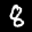
Label: 8